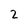
Character: 2